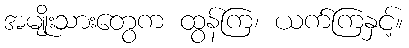
အမျိုးသားတွေက ထွန်ကြ၊ ယက်ကြနှင့်။